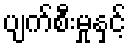
ပျက်စီးမှုနှင့်